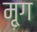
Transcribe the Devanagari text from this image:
मृ्ग